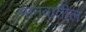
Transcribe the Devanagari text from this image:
मानवातील